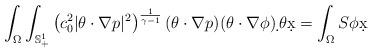
LaTeX: \begin{align*} \int_\Omega \int_{\mathbb{S}_+^1} \left(c_0^2|\theta \cdot \nabla p|^2 \right)^{\frac{1}{\gamma-1}}(\theta\cdot\nabla p)(\theta\cdot\nabla\phi) \d\,\theta \d x = \int_\Omega S \phi \d x\end{align*}